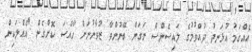
އެއްގަމު އުޅަނދު ދުއްވުމުގެ ލައިސެންސް ނަގަން ބޭނުންވާ ޒުވާނުނަށް ހާއްސަ ކޮށްގެން "އެއްލަކިން